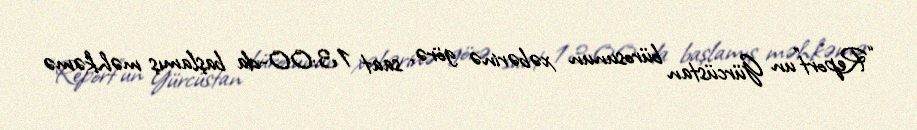
“Report”un Gürcüstan bürosunun xəbərinə görə, saat 13:00-da başlamış məhkəmə